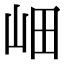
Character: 𡶚